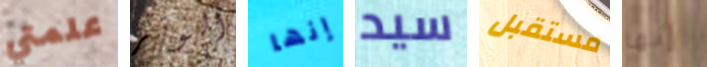
علمتي الوتر إنها سيد مستقبل إنها